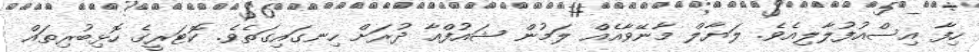
ހިފާ އިސްއުފުލާލިއެވެ. ލަޔާލް މާނޭވާއެއް ލަމުން ޝައުފްއާ ދުރަށް ހިނގައިގަތެވެ. ކޮޓަރީގެ ހޮޅިބުރިތައް